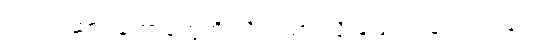
လက်ဆောင်တော်တွေကို သိမ်းထားလို့ ဖြေရှင်းခဲ့ရပါတယ်။